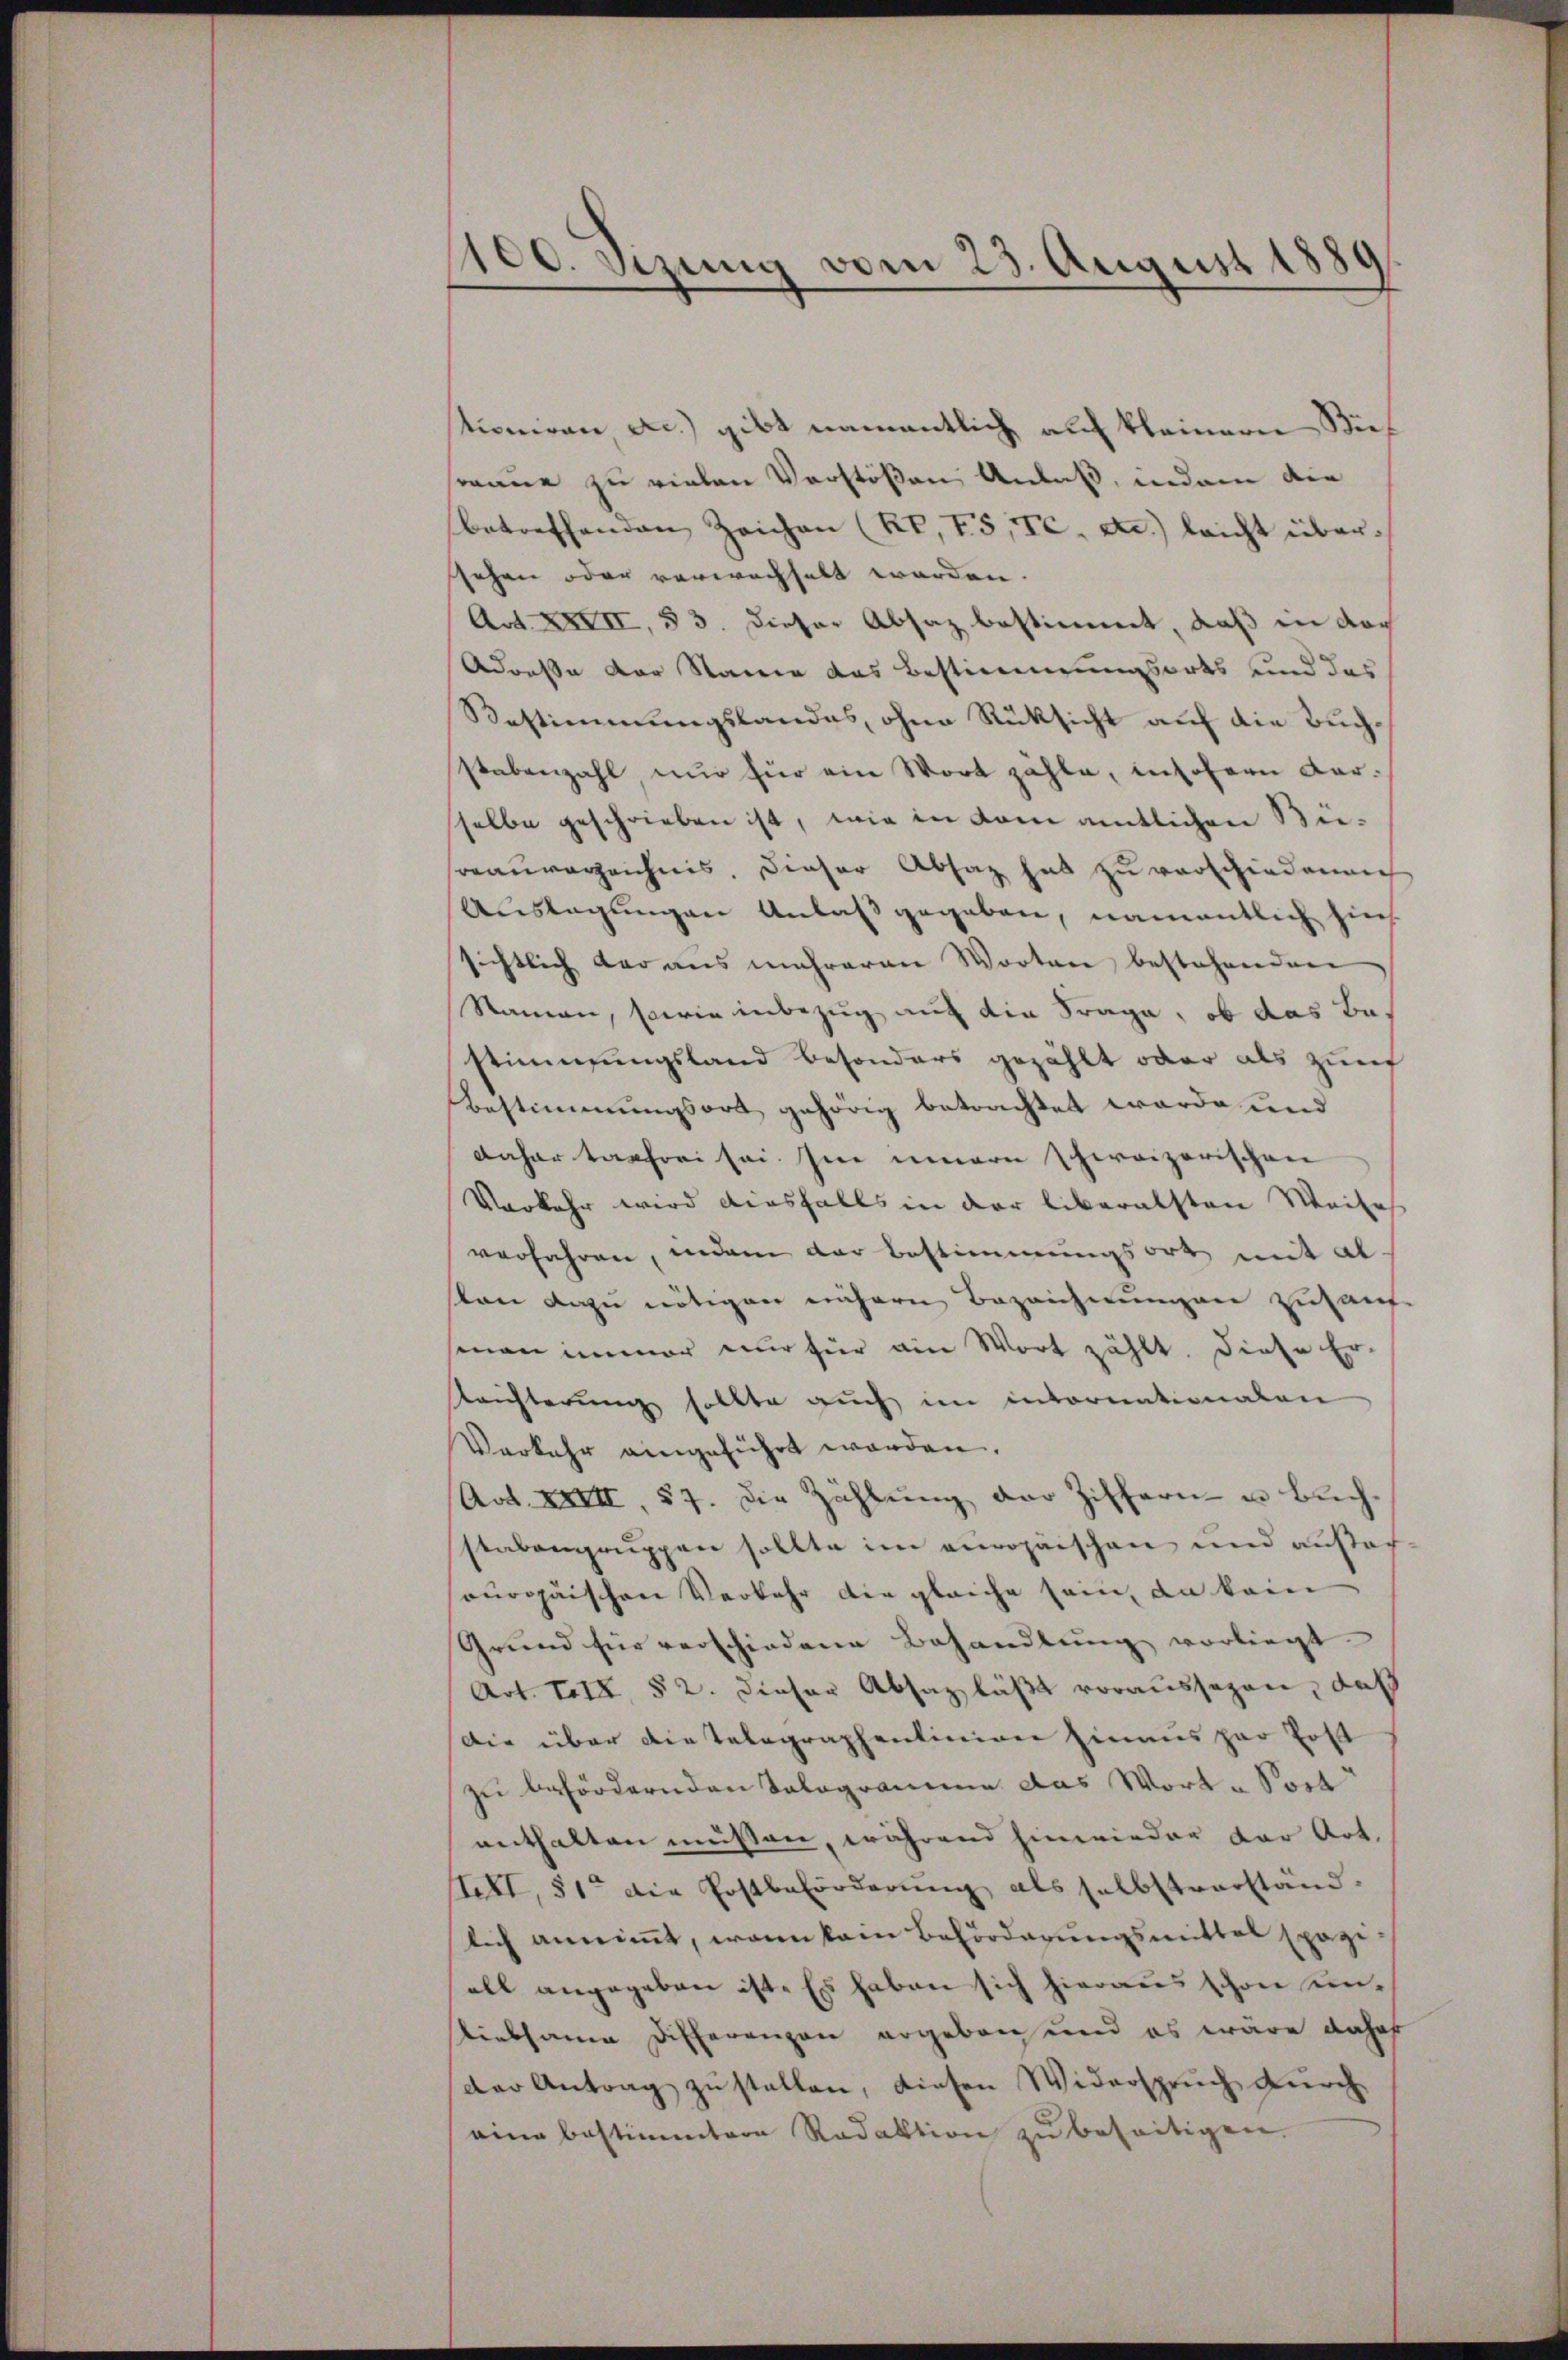
1100. Sizung vom 23. August 1889

stioniren, ac.) gibt namentlich auf kleinern Bierane zu vielen Verstößen Anlaß, indem die
betreffenden Zeichen (kt. I5, C. c.) leicht übersehen oder verwachselt worden.
Ad XXIII, 53. Dieser Absaz bestimmt, daß in doc
Adresse der Staine das Bestimmungsorts und das
Bestimmungslandes, ohne Rücksicht auf die Buchstabenzahl, nur für ein Wort zähle, insofern dar-
selbe geschrieben ist, wie in kam amtlichen Bie-
Bauverzeichnis. Dieser Absatz hat zu verschiedenen
Auslagungen Anlaß gegeben, namentlich hins
sichtlich der aus mehreren Worten bestehenden
Namen, sowie inbezug auf die Frage, ob das Bestimmungsland besonders gezählt oder als Zunf
Bestimmungsort gehörig betrachtet werde und
daher tarfrei sei. Im innern schweizerischen
Vorkehr wird diesfalls in der liberalsten Weises
verfahren, indem der Bestimmungsort mit alston dazu nötigen nähern Bezeichnungen zuhaufsinen immer nur für ain Wort zählt. Diese Er-
laichterung sollte auch im intornationalen
Verkehr eingeführt worden.
Art. XXIII, 57. Die Zahlŭng der Ziffern- u Bŭch-
stabengruppen sollte im europäischen und außerouropäischen Verkehr die gleiche sein, da kein
Grund für verschiedene Behandlung vorliegt.
Art. 114, § 2. dieser Absaz läßt voraussagen, daß
Die über die telegraphenlinien hinaus par Post
zu befördernden Tologramme das Wort - Sort
enthalten müssen, während hinwieder der Art.
stett, 51 die Postbeförderŭng als selbstverständ-
lich annimmt, wenn kein Beförderungsmittel spazi-
all angegeben ist. Es haben sich hieraus schon un¬
Liebsame Differenzen ergeben und es wäre dahof
der Antrag zu stellen, diesen Widerspruch durch
eine bestimmtere Redaktion zŭ beseitigen.